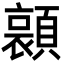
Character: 𮨛